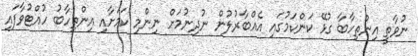
ނުވާތީ އިންތިހާބާ ގުޅޭ ކަންކަމުގައި އެއްބާރުލުން ނުދިނުމަށް ނިންމި ކަމަށާއި އިންތިހާބު ހުއްޓުވާފައި